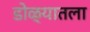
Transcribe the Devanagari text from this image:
डोळ्यातला